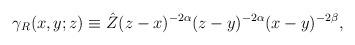
LaTeX: \begin{align*}\gamma_{R}(x,y;z) \equiv\hat Z (z-x)^{-2\alpha}(z-y)^{-2\alpha}(x-y)^{-2\beta},\end{align*}